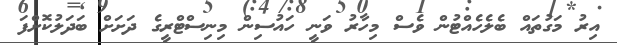
އިރު މަގުތައް ބެލެހެއްޓުން ވެސް މިހާރު ވަނީ ހައުސިން މިނިސްޓްރީގެ ދަށަށް ބަދަލުކޮށްފަ